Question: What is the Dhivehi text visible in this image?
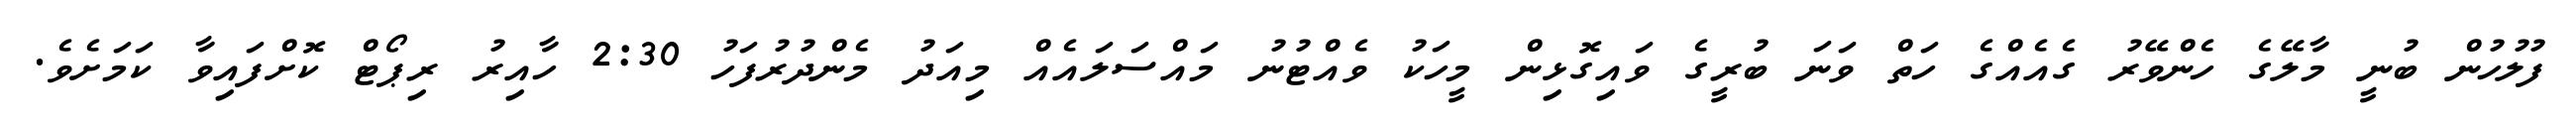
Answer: ފުލުހުން ބުނީ މާލޭގެ ހެންވޭރު ގެއެއްގެ ހަތް ވަނަ ބުރީގެ ވައިގޮޅިން މީހަކު ވެއްޓުނު މައްސަލައެއް މިއަދު މެންދުރުފަހު 2:30 ހާއިރު ރިޕޯޓް ކޮށްފައިވާ ކަމަށެވެ.